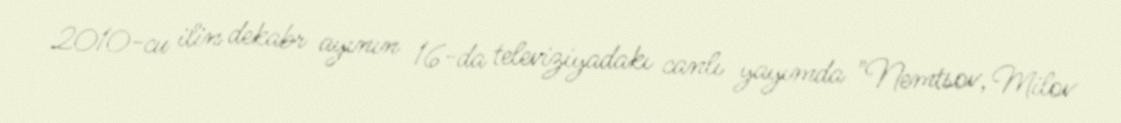
2010-cu ilin dekabr ayının 16-da televiziyadakı canlı yayımda "Nemtsov, Milov